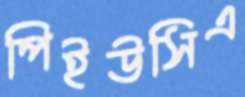
পিইউসিএ